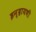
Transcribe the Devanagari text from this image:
इन्द्रायणी